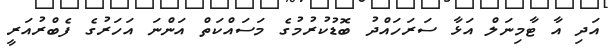
އަދި އާ ޓާމިނަލް އަޅާ ސަރަހައްދު ބޮޑުކުރުމުގެ މަސައްކަތް އަންނަ އަހަރުގެ ފެބްރުއަރީ